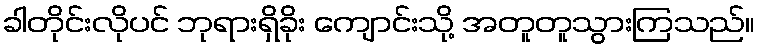
ခါတိုင်းလိုပင် ဘုရားရှိခိုး ကျောင်းသို့ အတူတူသွားကြသည်။